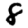
Digit: 8